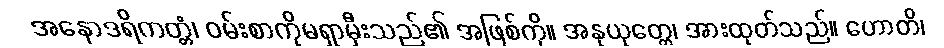
အနောဒရိကတ္တံ၊ ဝမ်းစာကိုမရှာမှီးသည်၏ အဖြစ်ကို။ အနုယုတ္တေ၊ အားထုတ်သည်။ ဟောတိ၊